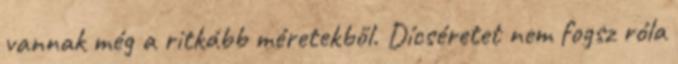
vannak még a ritkább méretekből. Dícséretet nem fogsz róla